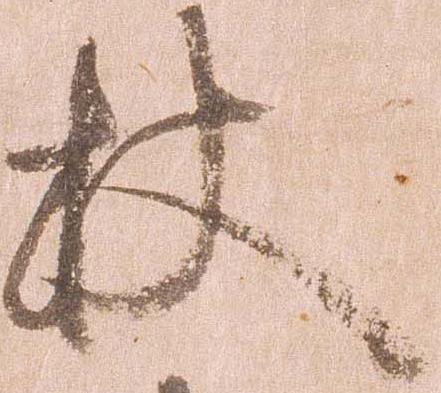
杖